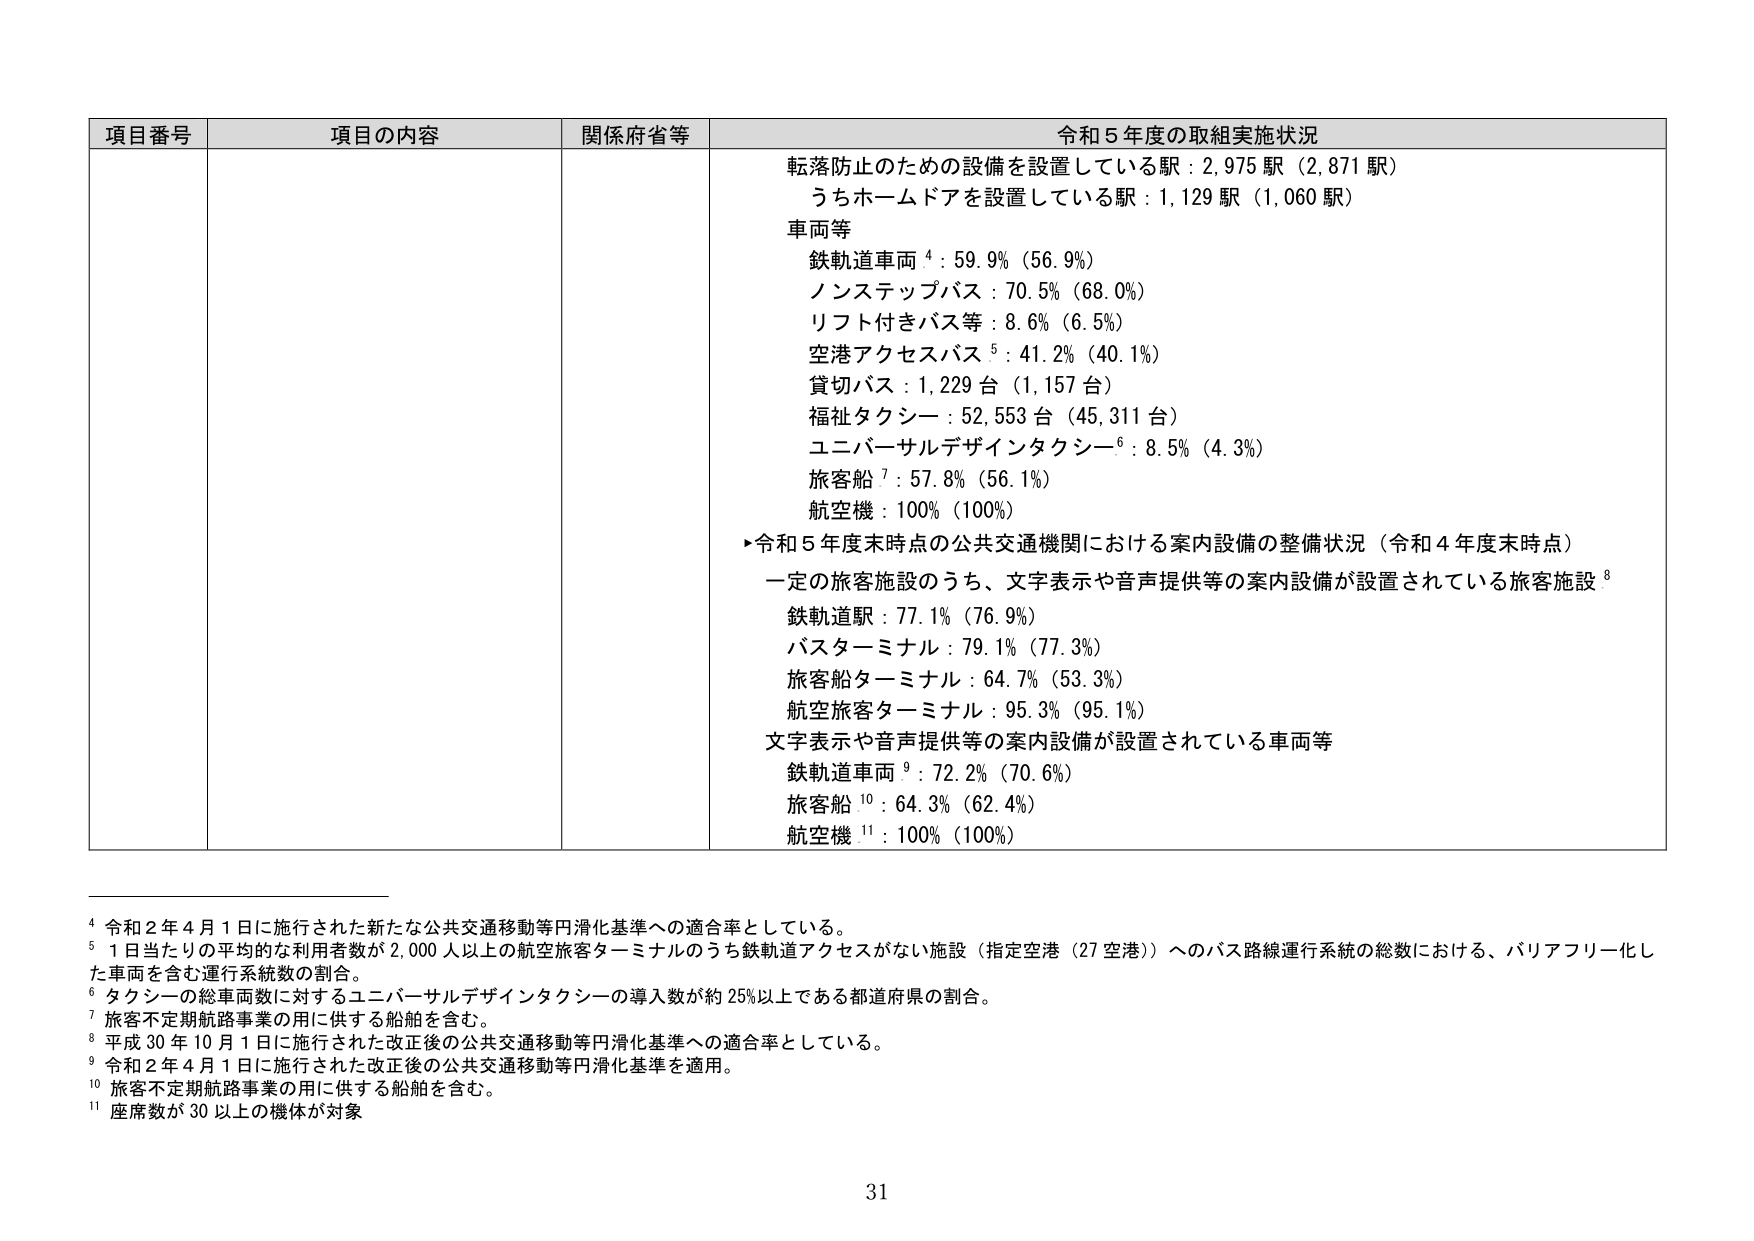
項目番号 項目の内容 関係府省等 令和５年度の取組実施状況
転落防止のための設備を設置している駅：2,975 駅（2,871 駅）
うちホームドアを設置している駅：1,129 駅（1,060 駅）
車両等
鉄軌道車両⁴：59.9%（56.9%）
ノンステップバス：70.5%（68.0%）
リフト付きバス等：8.6%（6.5%）
空港アクセスバス⁵：41.2%（40.1%）
貸切バス：1,229 台（1,157 台）
福祉タクシー：52,553 台（45,311 台）
ユニバーサルデザインタクシー⁶：8.5%（4.3%）
旅客船⁷：57.8%（56.1%）
航空機：100%（100%）
▶令和５年度末時点の公共交通機関における案内設備の整備状況（令和４年度末時点）
一定の旅客施設のうち、文字表示や音声提供等の案内設備が設置されている旅客施設⁸
鉄軌道駅：77.1%（76.9%）
バスターミナル：79.1%（77.3%）
旅客船ターミナル：64.7%（53.3%）
航空旅客ターミナル：95.3%（95.1%）
文字表示や音声提供等の案内設備が設置されている車両等
鉄軌道車両⁹：72.2%（70.6%）
旅客船¹⁰：64.3%（62.4%）
航空機¹¹：100%（100%）

⁴ 令和２年４月１日に施行された新たな公共交通移動等円滑化基準への適合率としている。
⁵ １日当たりの平均的な利用者数が2,000人以上の航空旅客ターミナルのうち鉄軌道アクセスがない施設（指定空港（27空港））へのバス路線運行系統の総数における、バリアフリー化した車両を含む運行系統数の割合。
⁶ タクシーの総車両数に対するユニバーサルデザインタクシーの導入数が約25%以上である都道府県の割合。
⁷ 旅客不定期航路事業の用に供する船舶を含む。
⁸ 平成30年10月1日に施行された改正後の公共交通移動等円滑化基準への適合率としている。
⁹ 令和２年４月１日に施行された改正後の公共交通移動等円滑化基準を適用。
¹⁰ 旅客不定期航路事業の用に供する船舶を含む。
¹¹ 座席数が30以上の機体が対象

31